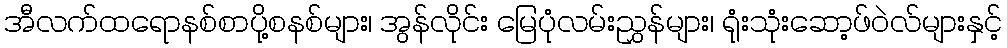
အီလက်ထရောနစ်စာပို့စနစ်များ၊ အွန်လိုင်း မြေပုံလမ်းညွှန်များ၊ ရုံးသုံးဆော့ဖ်ဝဲလ်များနှင့်